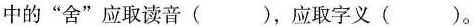
中的”舍”应取读音( )，应取字义( )。